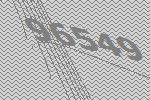
96549